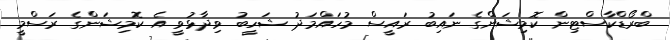
ބްރޯޑްކާސްޓިން ކޮމިޝަންގެ ނައިބު ރައީސް މުހައްމަދު ޝަހީބު ވިދާޅުވީ އެ ކޮމިޝަންގެ ރަސްމީ